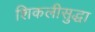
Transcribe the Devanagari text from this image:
शिकलीसुद्धा